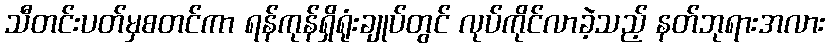
သီတင်းပတ်မှစတင်ကာ ရန်ကုန်ရှိရုံးချုပ်တွင် လုပ်ကိုင်လာခဲ့သည့် နတ်ဘုရားအလား